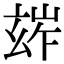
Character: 𤣧